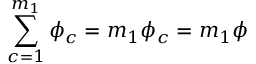
\sum _ { c = 1 } ^ { m _ { 1 } } \phi _ { c } = m _ { 1 } \phi _ { c } = m _ { 1 } \phi